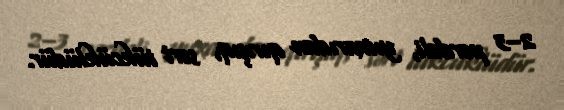
2–3 pərdəli, yuxarıdan qırışıq, sərt tükcüklüdür.